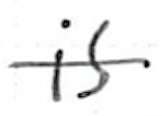
Text: is
Cross-out: single-line
Writing tool: ballpoint